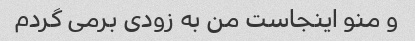
و منو اینجاست من به زودی برمی گردم